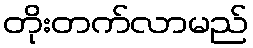
တိုးတက်လာမည်